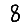
Digit: 8